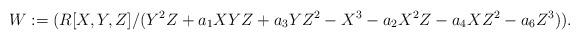
LaTeX: \begin{align*}W:=(R[X,Y,Z]/(Y^2Z+a_{1}XYZ+a_{3}YZ^2-X^3-a_{2}X^2Z-a_{4}XZ^2-a_{6}Z^3)).\end{align*}